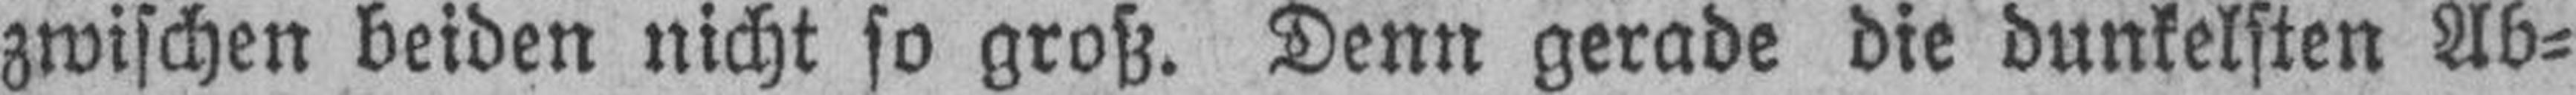
zwischen beiden nicht so groß. Denn gerade die dunkelsten Ab¬